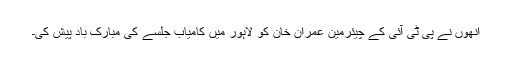
انھوں نے پی ٹی آئی کے چیئرمین عمران خان کو لاہور میں کامیاب جلسے کی مبارک باد پیش کی۔